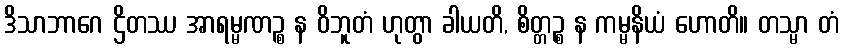
ဒိသာဘာဂေ ဌိတဿ အာရမ္မဏဉ္စ န ဝိဘူတံ ဟုတွာ ခါယတိ, စိတ္တဉ္စ န ကမ္မနိယံ ဟောတိ။ တသ္မာ တံ